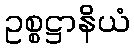
ဥစ္စဋ္ဌာနိယံ